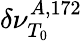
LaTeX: \delta\nu_{T_{0}}^{A,172}